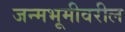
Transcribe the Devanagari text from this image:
जन्मभूमीवरील